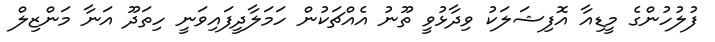
ފުލުހުންގެ މީޑިއާ އޮފިޝަލަކު ވިދާޅުވީ ތޫނު އެއްޗަކުން ހަމަލާދީފައިވަނީ ހިތަދޫ އަނާ މަންޒިލް